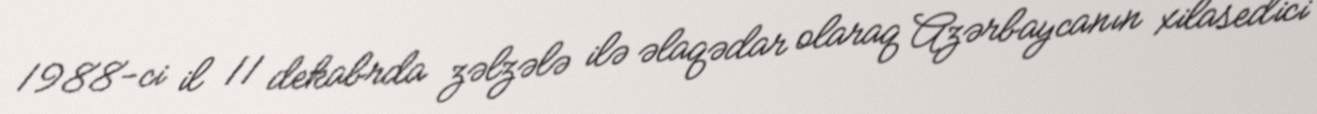
1988-ci il 11 dekabrda zəlzələ ilə əlaqədar olaraq Azərbaycanın xilasedici